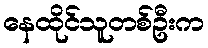
နေထိုင်သူတစ်ဦးက